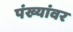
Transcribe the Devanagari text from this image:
पंख्यांवर